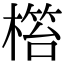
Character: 𣘜